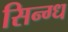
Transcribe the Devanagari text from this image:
सिन्ग्ध